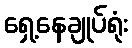
ရှေ့နေချုပ်ရုံး